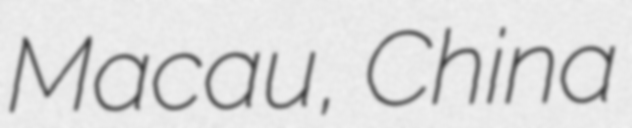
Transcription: Macau, China